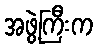
အဖွဲ့ကြီးက